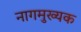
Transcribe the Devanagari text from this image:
नागमुख्यक